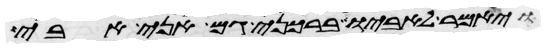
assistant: ויאמר לאביו ברכני גם אני אבי